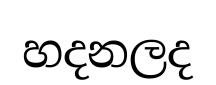
හදනලද